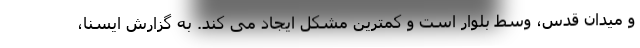
و میدان قدس، وسط بلوار است و کمترین مشکل ایجاد می کند. به گزارش ایسنا،